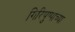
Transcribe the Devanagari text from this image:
गिरिपुष्पाच्या